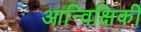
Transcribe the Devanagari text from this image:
आन्विक्षिकी